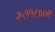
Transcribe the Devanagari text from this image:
२५११८००९